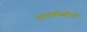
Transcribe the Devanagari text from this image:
पानकोबीची